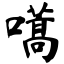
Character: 嚆